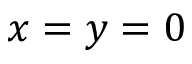
x = y = 0